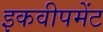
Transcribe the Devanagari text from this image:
इकवीपमेंट